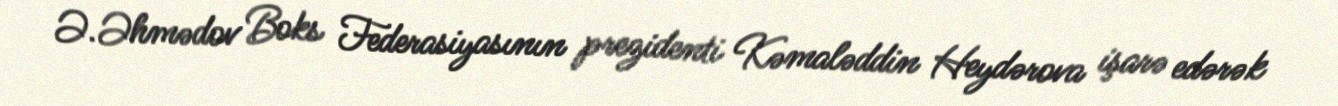
Ə.Əhmədov Boks Federasiyasının prezidenti Kəmaləddin Heydərova işarə edərək